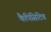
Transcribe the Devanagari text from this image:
कैपिसिटिव